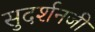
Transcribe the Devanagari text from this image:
सुदर्शनजी